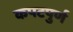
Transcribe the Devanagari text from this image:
कपटपुर्ण